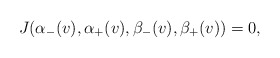
\begin{align*} J(\alpha_-(v),\alpha_+(v),\beta_-(v),\beta_+(v))=0,\end{align*}